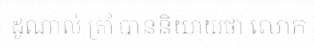
ដូណាល់ ត្រាំ បាននិយាយថា លោក